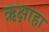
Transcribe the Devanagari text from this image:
ऋक्षाहा